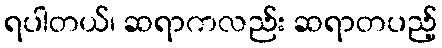
ရပါတယ်၊ ဆရာကလည်း ဆရာတပည့်